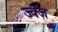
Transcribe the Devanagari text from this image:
ज्क्ज